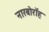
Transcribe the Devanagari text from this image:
नारबोरॉह